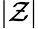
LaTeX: |\mathcal{Z}|